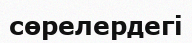
сөрелердегі